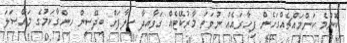
ކޮންމެ ކަންމައްޗެއްގަހެން ފިހާރައެއް ނުވަތަ މާރުކޭޓެއް ގަވާއިދާ ހިލާފަށް ބިދޭސީން ހިންގާކަމުގެ މައްސަލަ